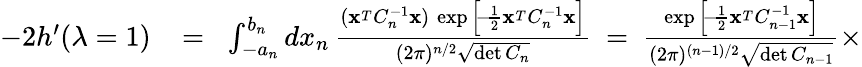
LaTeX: \begin{array}{rlr}{-2h^{\prime}(\lambda=1)}&{{}\! =\! }&{\int_{-a_{n}}^{b_{n}}dx_{n}\, {\frac{({\mathbf x}^{_T}C_{n}^{-1}{\mathbf x})\, \exp\Big[\! -\! {\frac{1}{2}}{\mathbf x}^{_T}C_{n}^{-1}{\mathbf x}\Big]}{(2\pi)^{n/2}\sqrt{\operatorname*{det}C_{n}}}}\ =\ {\frac{\exp\Big[\! -\! {\frac{1}{2}}{\mathbf x}^{_T}C_{n-1}^{-1}{\mathbf x}\Big]}{(2\pi)^{(n-1)/2}\sqrt{\operatorname*{det}C_{n-1}}}}\times}\end{array}